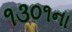
૧૩૦૧ના